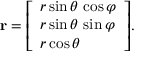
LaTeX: \mathbf { r } = { \left[ \begin{array} { l } { r \sin \theta \, \cos \varphi } \\ { r \sin \theta \, \sin \varphi } \\ { r \cos \theta } \end{array} \right] } .